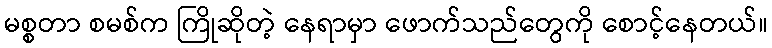
မစ္စတာ စမစ်က ကြိုဆိုတဲ့ နေရာမှာ ဖောက်သည်တွေကို စောင့်နေတယ်။